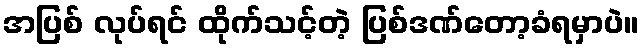
အပြစ် လုပ်ရင် ထိုက်သင့်တဲ့ ပြစ်ဒဏ်တော့ခံရမှာပဲ။